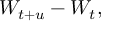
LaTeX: W _ { t + u } - W _ { t } ,